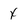
Character: X